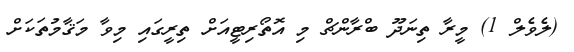
(ލެވެލް 1) މީރާ ތިނަދޫ ބްރާންޗް މި އޮތޯރިޓީއަށް ތިރީގައި މިވާ މަޤާމުތަކަށް